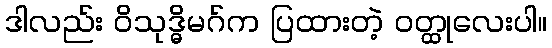
ဒါလည်း ဝိသုဒ္ဓိမဂ်က ပြထားတဲ့ ဝတ္ထုလေးပါ။